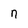
Character: n